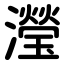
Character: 瀅